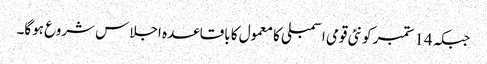
جبکہ 14 ستمبر کو نئی قومی اسمبلی کا معمول کا باقاعدہ اجلاس شروع ہوگا۔